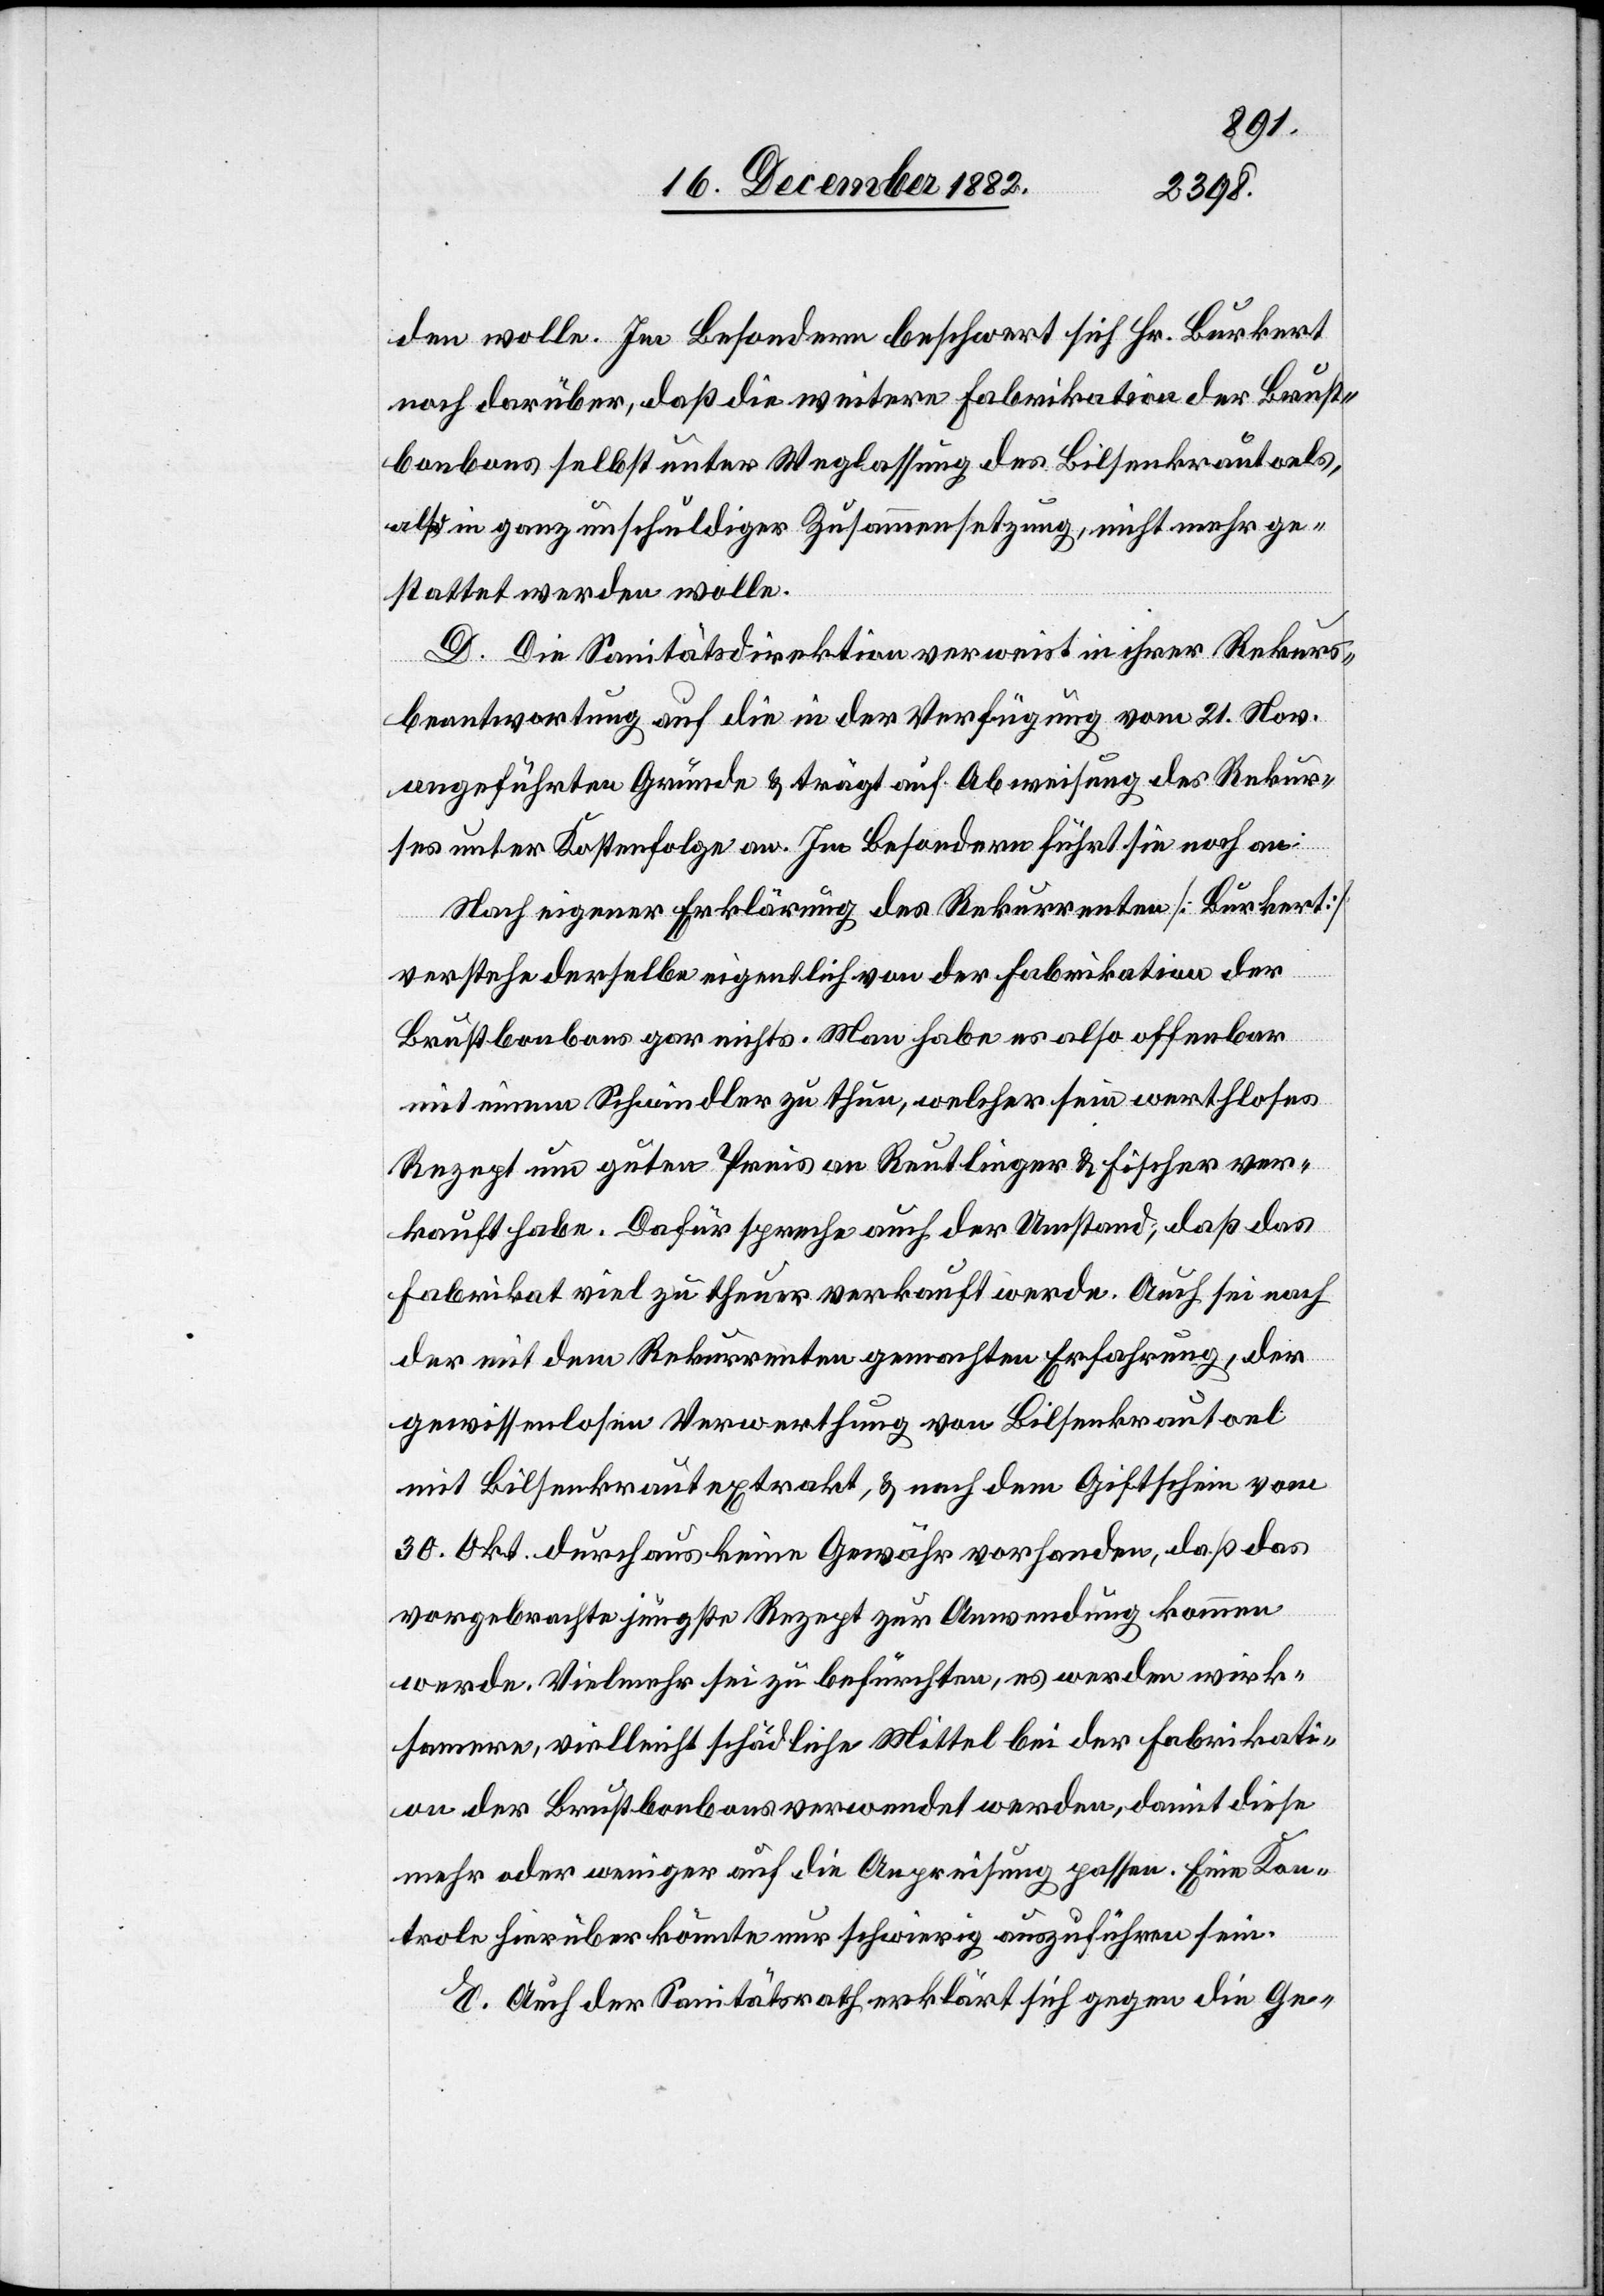
den wolle. Im Besondern beschwert sich Hr. Burkert
noch darüber, daß die weitere Fabrikation der Brust¬
bonbons selbst unter Weglassung des Bilsenkrautoels,
also in ganz unschuldiger Zusammensetzung, nicht mehr ge¬
stattet werden wolle.
D. Die Sanitätsdirektion verweist in ihrer Rekurs¬
beantwortung auf die in der Verfügung vom 21. Nov.
angeführten Gründe & trägt auf Abweisung des Rekur¬
ses unter Kostenfolge an. Im Besondern führt sie noch an:
Nach eigener Erklärung des Rekurrenten [Burkert]
verstehe derselbe eigentlich von der Fabrikation der
Brustbonbons gar nichts. Man habe es also offenbar
mit einem Schwindler zu thun, welcher sein werthloses
Rezept um guten Preis an Reutlinger & Fischer ver¬
kauft habe. Dafür spreche auch der Umstand, daß das
Fabrikat viel zu theuer verkauft werde. Auch sei nach
der mit dem Rekurrenten gemachten Erfahrung, der
gewissenlosen Verwertung [recte: Verwechslung] von
mit Bilsenkrautextrakt, & nach dem Giftschein vom
30. Okt. durchaus keine Gewähr vorhanden, daß das
vorgebrachte jüngste Rezept zur Anwendung kommen
werde. Vielmehr sei zu befürchten, es werden wirk¬
samere, vielleicht schädliche Mittel bei der Fabrikati¬
on der Brustbonbons verwendet werden, damit diese
mehr oder weniger auf die Anpreisung passen. Eine Kon¬
trole hierüber könnte nur schwierig auszuführen sein.
E. Auch der Sanitätsrath erklärt sich gegen die Ge-